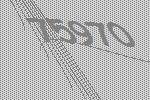
75970